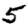
Digit: 5